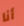
أنا